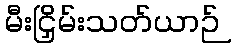
မီးငြှိမ်းသတ်ယာဉ်